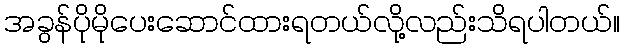
အခွန်ပိုမိုပေးဆောင်ထားရတယ်လို့လည်းသိရပါတယ်။